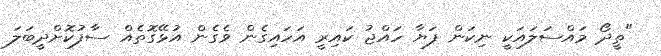
"ތީދޯ މައްސަލައަކީ ނިކަން ފަޔާ ހައްޖު ކައިރީ އަހައިގެން ވެގެން އުޅޭގޮތެއް ސާފުކޮށްދީބަލަ